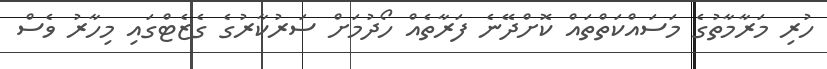
ހުރި މަރާމާތުގެ މަސައްކަތްތައް ކޮށްދޭނެ ފަރާތެއް ހޯދުމަށް ސަރުކާރުގެ ގެޒެޓްގައި މިހާރު ވެސް